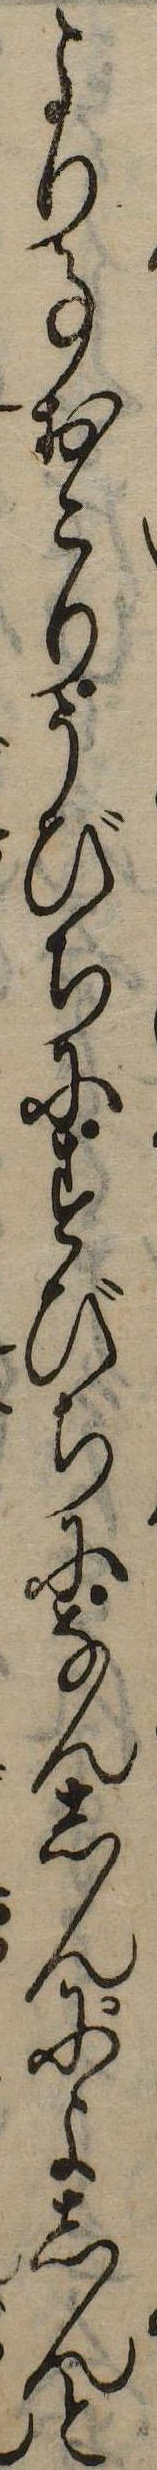
より事おこりうびちにすびちになんしんによしんと